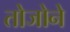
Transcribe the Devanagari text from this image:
तोजोने